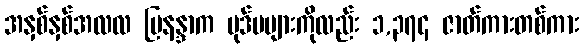
အနှစ်နှစ်အလလ မြနန္ဒာက ပုဒ်မများကိုလည်း ၁,၃၇၄ ဇာတ်ကားတစ်ကား